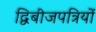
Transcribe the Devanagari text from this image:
द्विबीजपत्रियों